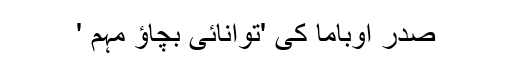
صدر اوباما کی 'توانائی بچاؤ مہم '